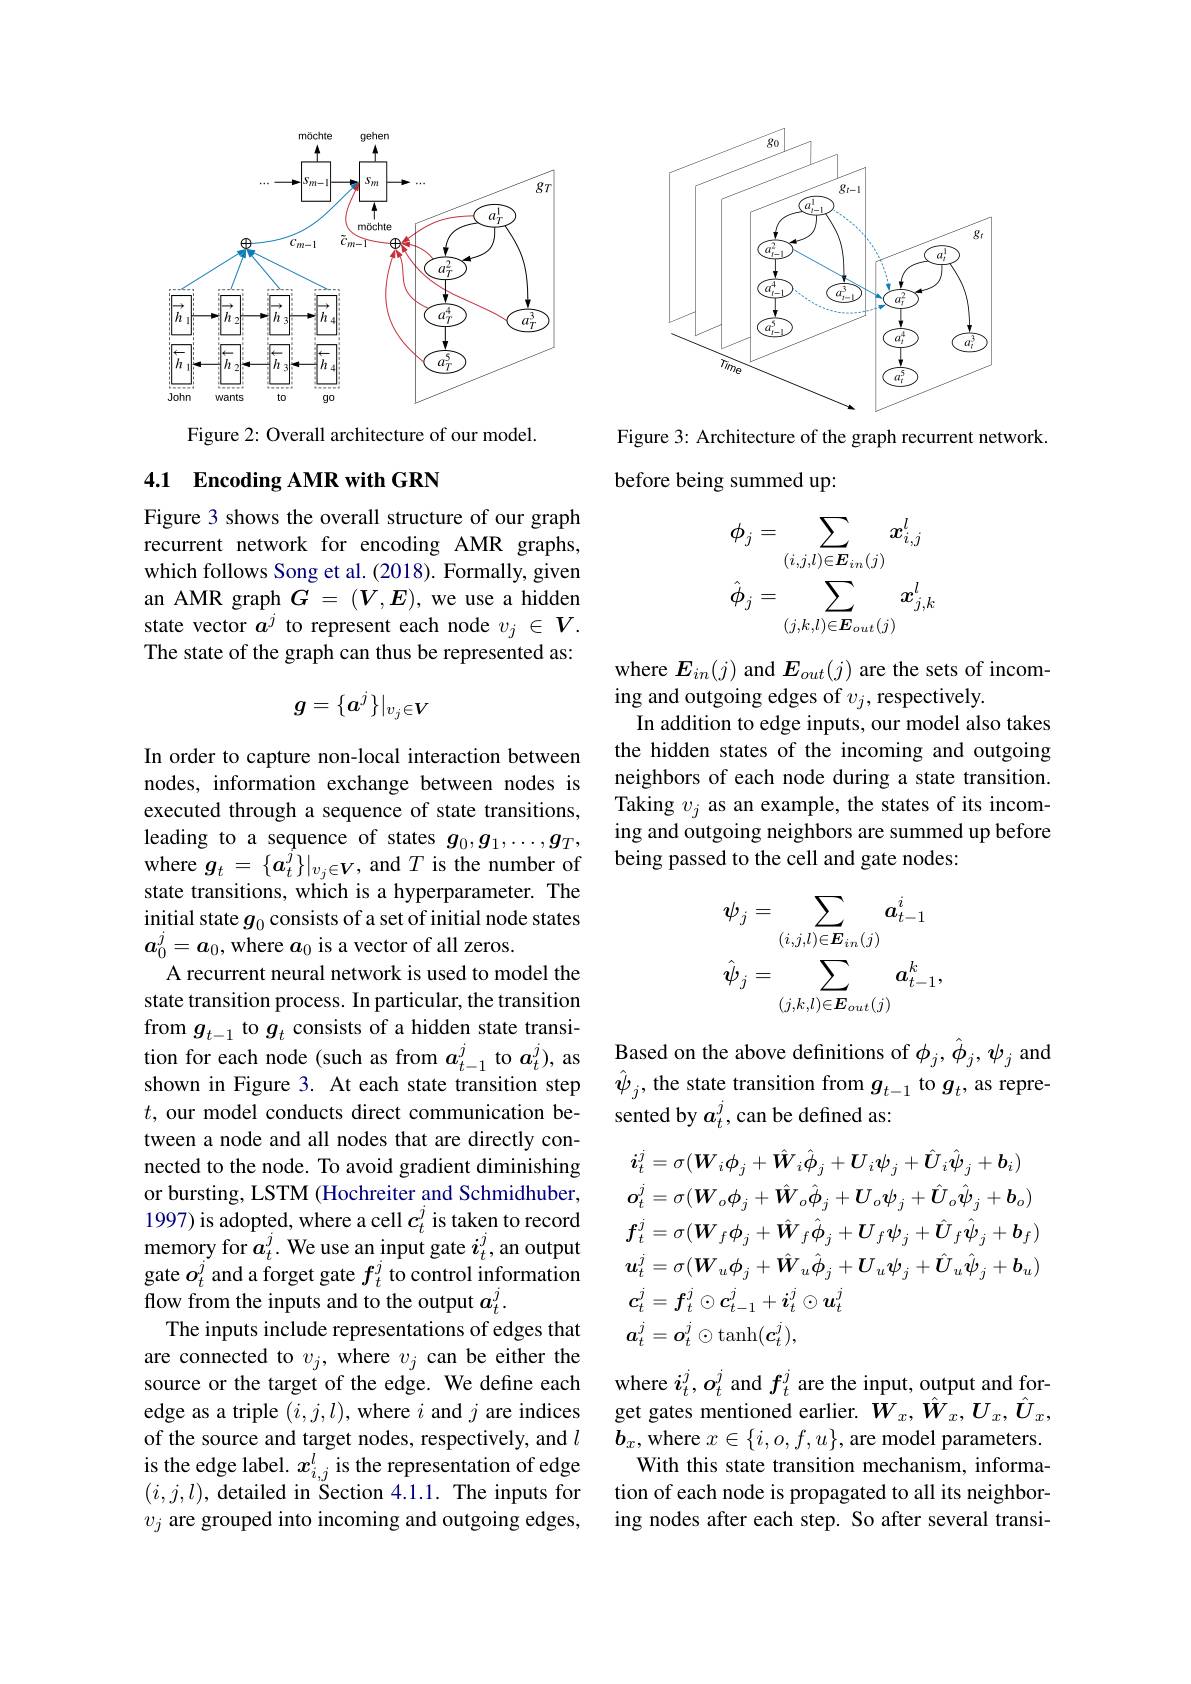
<FigureHere>

Figure 2: Overall architecture of our model.

## 4.1 Encoding AMR with GRN

Figure 3 shows the overall structure of our graph recurrent network for encoding AMR graphs, which follows Song et al. (2018). Formally, given an AMR graph $G=(V,E)$,we use a hidden state vector $a^j$ to represent each node $v_j\in V.$ The state of the graph can thus be represented as:
$$g=\{a^j\}|_{v_j\in V}$$
In order to capture non-local interaction between nodes, information exchange between nodes is executed through a sequence of state transitions, leading to a sequence of states $g_0,g_1,\ldots,g_T$, where $g_t=\{a_t^j\}|_{v_j\in\boldsymbol{V}}$, and $T$ is the number of state transitions, which is a hyperparameter. The initial state $g_0$ consists of a set of initial node states $a_0^j=a_0$, where $a_0$ is a vector of all zeros.
A recurrent neural network is used to model the state transition process. In particular, the transition from $g_{t-1}$ to $g_t$ consists of a hidden state transi- $t$, our model conducts direct communication between a node and all nodes that are directly connected to the node. To avoid gradient diminishing or bursting, LSTM (Hochreiter and Schmidhuber, 1997) is adopted, where a cell $c_t^j$ is taken to record memory for $a_t^j.$ We use an input gate $i_t^j$,an output gate $o_t^j$ and a forget gate $f_t^j$ to control information flow from the inputs and to the output $a_t^j.$
The inputs include representations of edges that are connected to $v_j$, where $v_j$ can be either the source or the target of the edge. We define each edge as a triple $(i,j,l)$, where $i$ and $j$ are indices of the source and target nodes, respectively, and $l$ is the edge label. $x_i,j^l$ is the representation of edge $(i,j,l)$, detailed in Section 4.1.1. The inputs for $v_j$ are grouped into incoming and outgoing edges,

<FigureHere>

Figure 3: Architecture of the graph recurrent network.
before being summed up:
$$\phi_{j}=\sum_{(i,j,l)\in E_{in}(j)}x_{i,j}^{l}\\\hat{\phi}_{j}=\sum_{(j,k,l)\in E_{out}(j)}x_{j,k}^{l}$$
where $E_{in}(j)$ and $E_{out}(j)$ are the sets of incom-
ing and outgoing edges of $v_j$, respectively.
In addition to edge inputs, our model also takes the hidden states of the incoming and outgoing neighbors of each node during a state transition. Taking $v_j$ as an example, the states of its incoming and outgoing neighbors are summed up before being passed to the cell and gate nodes:
$$\begin{aligned}&\psi_{j}=\sum_{(i,j,l)\in\boldsymbol{E}_{in}(j)}\boldsymbol{a}_{t-1}^{i}\\&\hat{\boldsymbol{\psi}}_{j}=\sum_{(j,k,l)\in\boldsymbol{E}_{out}(j)}\boldsymbol{a}_{t-1}^{k},\end{aligned}$$
tion for each node ( such as from $\boldsymbol{a}_{t- 1}^{j}$to $\boldsymbol{a}_{t}^{j}) $, as Based on the above definitions of $\phi _{j}, \hat{\phi } _{j}, \psi _{j}$ and shown in Figure 3. At each state transition step $\hat{\psi } _{j}$,the state transition from $g_{t- 1}$ to $g_{t}$, as
sented by $a_t^j$,can be defined as:
$$\begin{aligned}&\boldsymbol{i}_{t}^{j}=\sigma(\boldsymbol{W}_{i}\boldsymbol{\phi}_{j}+\hat{\boldsymbol{W}}_{i}\hat{\boldsymbol{\phi}}_{j}+\boldsymbol{U}_{i}\boldsymbol{\psi}_{j}+\hat{\boldsymbol{U}}_{i}\hat{\boldsymbol{\psi}}_{j}+\boldsymbol{b}_{i})\\&\boldsymbol{o}_{t}^{j}=\sigma(\boldsymbol{W}_{o}\boldsymbol{\phi}_{j}+\hat{\boldsymbol{W}}_{o}\hat{\boldsymbol{\phi}}_{j}+\boldsymbol{U}_{o}\boldsymbol{\psi}_{j}+\hat{\boldsymbol{U}}_{o}\hat{\boldsymbol{\psi}}_{j}+\boldsymbol{b}_{o})\\&\boldsymbol{f}_{t}^{j}=\sigma(\boldsymbol{W}_{f}\boldsymbol{\phi}_{j}+\hat{\boldsymbol{W}}_{f}\hat{\boldsymbol{\phi}}_{j}+\boldsymbol{U}_{f}\boldsymbol{\psi}_{j}+\hat{\boldsymbol{U}}_{f}\hat{\boldsymbol{\psi}}_{j}+\boldsymbol{b}_{f})\\&\boldsymbol{u}_{t}^{j}=\sigma(\boldsymbol{W}_{u}\boldsymbol{\phi}_{j}+\hat{\boldsymbol{W}}_{u}\hat{\boldsymbol{\phi}}_{j}+\boldsymbol{U}_{u}\boldsymbol{\psi}_{j}+\hat{\boldsymbol{U}}_{u}\hat{\boldsymbol{\psi}}_{j}+\boldsymbol{b}_{u})\\&\boldsymbol{c}_{t}^{j}=\boldsymbol{f}_{t}^{j}\odot\boldsymbol{c}_{t-1}^{j}+\boldsymbol{i}_{t}^{j}\odot\boldsymbol{u}_{t}^{j}\\&\boldsymbol{a}_{t}^{j}=\boldsymbol{o}_{t}^{j}\odot\mathrm{tanh}(\boldsymbol{c}_{t}^{j}),\end{aligned}$$
where $i_t^j,o_t^j$ and $f_t^j$ are the input, output and forget gates mentioned earlier. $W_x,\hat{W}_x,U_x,\hat{U}_x$, $\boldsymbol{b}_x$,where $x\in\{i,o,f,u\}$,are model parameters. With this state transition mechanism, informa-
tion of each node is propagated to all its neighboring nodes after each step. So after several transi-